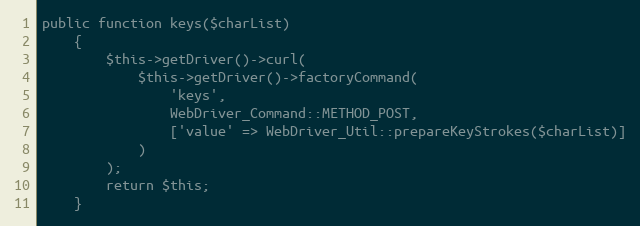
Language: PHP
public function keys($charList)
    {
        $this->getDriver()->curl(
            $this->getDriver()->factoryCommand(
                'keys',
                WebDriver_Command::METHOD_POST,
                ['value' => WebDriver_Util::prepareKeyStrokes($charList)]
            )
        );
        return $this;
    }